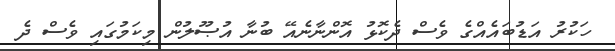
ހަކުރު އަޑުބައެއްގެ ވެސް ދެކޮޅު އޮންނާނެއޭ ބުނާ އުޞޫލުން މިކަމުގައި ވެސް ދެ